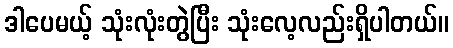
ဒါပေမယ့် သုံးလုံးတွဲပြီး သုံးလေ့လည်းရှိပါတယ်။